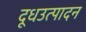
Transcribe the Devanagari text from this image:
दूधउत्पादन